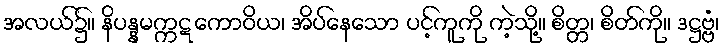
အလယ်၌။ နိပန္နမက္ကဋကောဝိယ၊ အိပ်နေသော ပင့်ကူကို ကဲ့သို့။ စိတ္တ၊ စိတ်ကို။ ဒဋ္ဌဗ္ဗံ၊